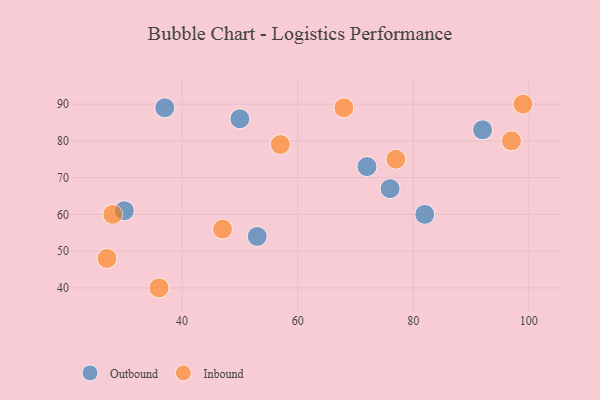
{"axis": {"x": "GDP", "y": "Life Expectancy"}, "legend": ["Inbound", "Outbound"], "data": [{"x": "53", "y": 54, "type": "Outbound"}, {"x": "92", "y": 83, "type": "Outbound"}, {"x": "82", "y": 60, "type": "Outbound"}, {"x": "72", "y": 73, "type": "Outbound"}, {"x": "50", "y": 86, "type": "Outbound"}, {"x": "30", "y": 61, "type": "Outbound"}, {"x": "76", "y": 67, "type": "Outbound"}, {"x": "37", "y": 89, "type": "Outbound"}, {"x": "47", "y": 56, "type": "Inbound"}, {"x": "27", "y": 48, "type": "Inbound"}, {"x": "36", "y": 40, "type": "Inbound"}, {"x": "28", "y": 60, "type": "Inbound"}, {"x": "57", "y": 79, "type": "Inbound"}, {"x": "68", "y": 89, "type": "Inbound"}, {"x": "77", "y": 75, "type": "Inbound"}, {"x": "97", "y": 80, "type": "Inbound"}, {"x": "99", "y": 90, "type": "Inbound"}]}